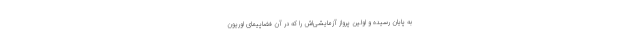
به پایان رسیده و اولین پرواز آزمایشی‌اش را که در آن فضاپیمای اوریون